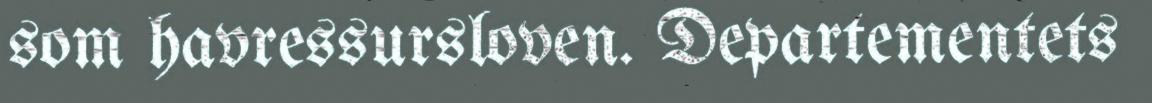
som havressursloven. Departementets